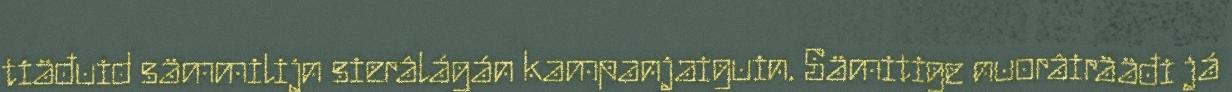
tiäđuid sämmilijn sierâlágán kampanjaiguin. Sämitige nuorâirääđi já